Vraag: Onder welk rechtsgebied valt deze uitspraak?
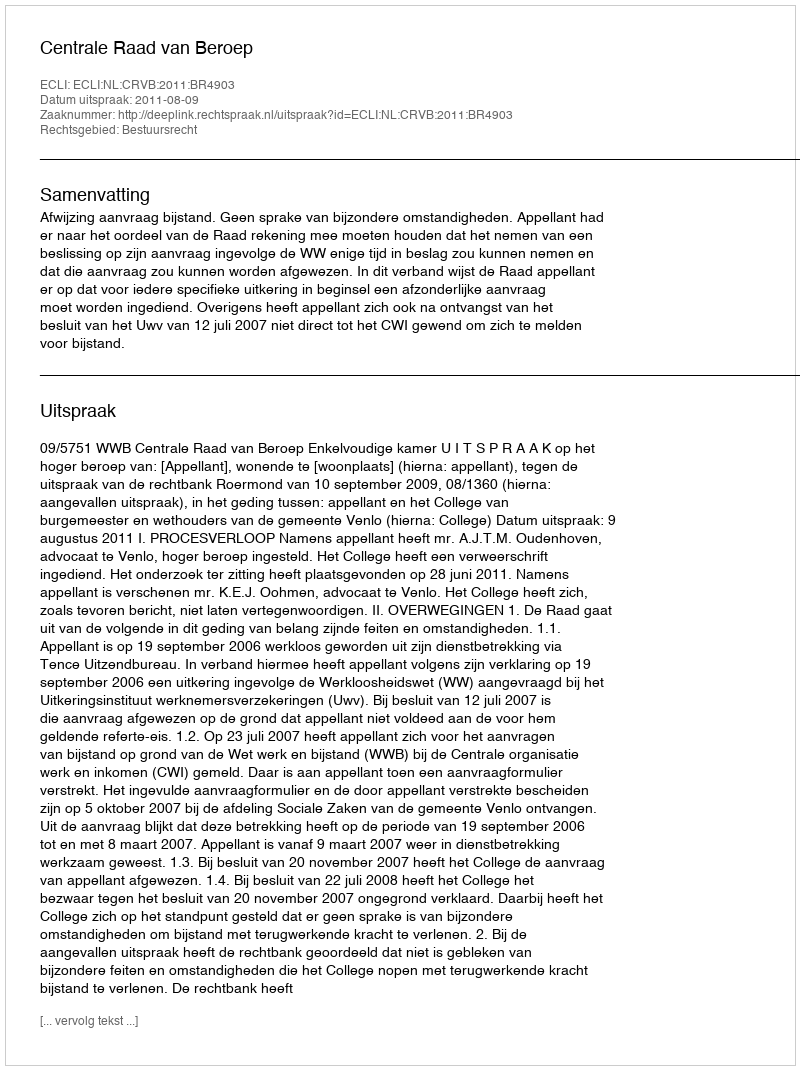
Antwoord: Bestuursrecht